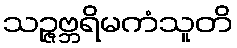
သဉ္ဇဗ္ဘရိမကံသူတိ